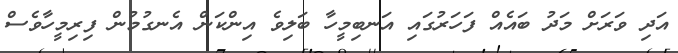
އަދި ވަރަށް މަދު ބައެއް ފަހަރުގައި އަނބިމީހާ ބަލިވެ އިންކަން އެނގުމުން ފިރިމީހާވެސް